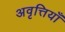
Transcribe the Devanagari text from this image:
अवृत्तियाँ